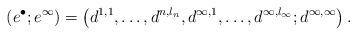
LaTeX: \begin{align*}(e^{\bullet}; e^{\infty})= \left( d^{1,1}, \dots, d^{n, l_n}, d^{\infty, 1}, \dots, d^{\infty, l_{\infty}} ; d^{\infty, \infty} \right).\end{align*}